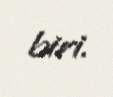
biri.